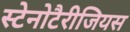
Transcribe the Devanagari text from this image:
स्टेनोटैरीजियस